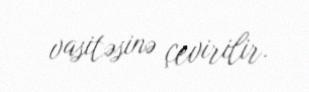
vasitəsinə çevirilir.